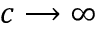
c \longrightarrow \infty